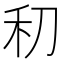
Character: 𰨛